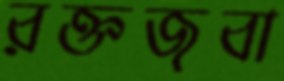
রক্তজবা